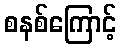
စနစ်ကြောင့်